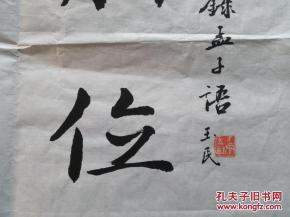
尊贤使能，俊杰在位，则天下之士皆悦而愿立于其朝矣。